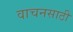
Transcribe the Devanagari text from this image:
वाचनसाठी